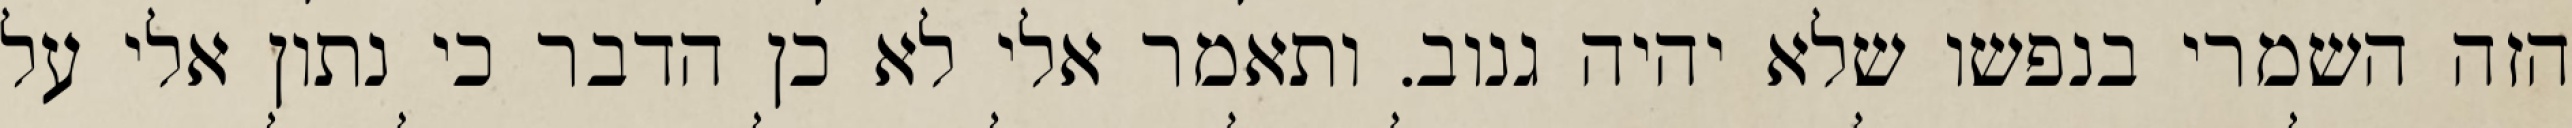
הזה השמרי בנפשו שלא יהיה גנוב. ותאמר אלי לא כן הדבר כי נתון אלי על